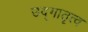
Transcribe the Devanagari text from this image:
उद्गातृत्व